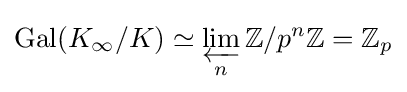
\operatorname {Gal} (K_{\infty }/K)\simeq \varprojlim _{n}\mathbb {Z} /p^{n}\mathbb {Z} =\mathbb {Z} _{p}